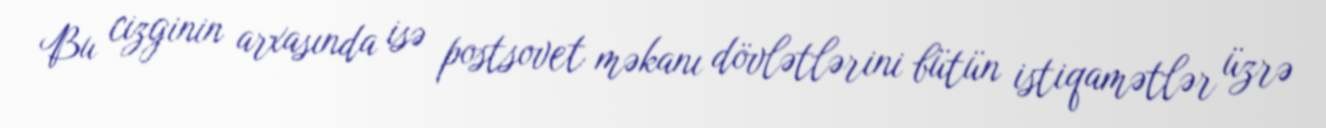
Bu cizginin arxasında isə postsovet məkanı dövlətlərini bütün istiqamətlər üzrə